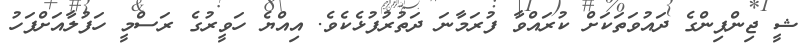
ޝީ ޖިންޕިންގެ ދައުވަތަކަށް ކުރައްވާ ފުރަމާނަ ދަތުރުފުޅެކެވެ. އިއްޔެ ހަވީރުގެ ރަސްމީ ހަފުލާއަށްފަހު